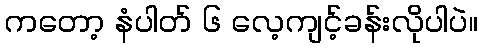
ကတော့ နံပါတ် ၆ လေ့ကျင့်ခန်းလိုပါပဲ။